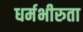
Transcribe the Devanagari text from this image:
धर्मभीरुता